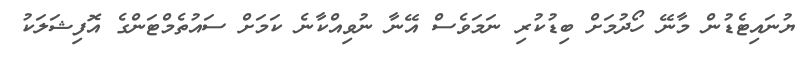
ޔުނައިޓެޑުން މާނޭ ހޯދުމަށް ބިޑުކުރި ނަމަވެސް އޭނާ ނުވިއްކާނެ ކަމަށް ސައުތެމްޓަންގެ އޮފިޝަލަކު